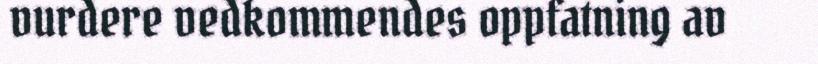
vurdere vedkommendes oppfatning av